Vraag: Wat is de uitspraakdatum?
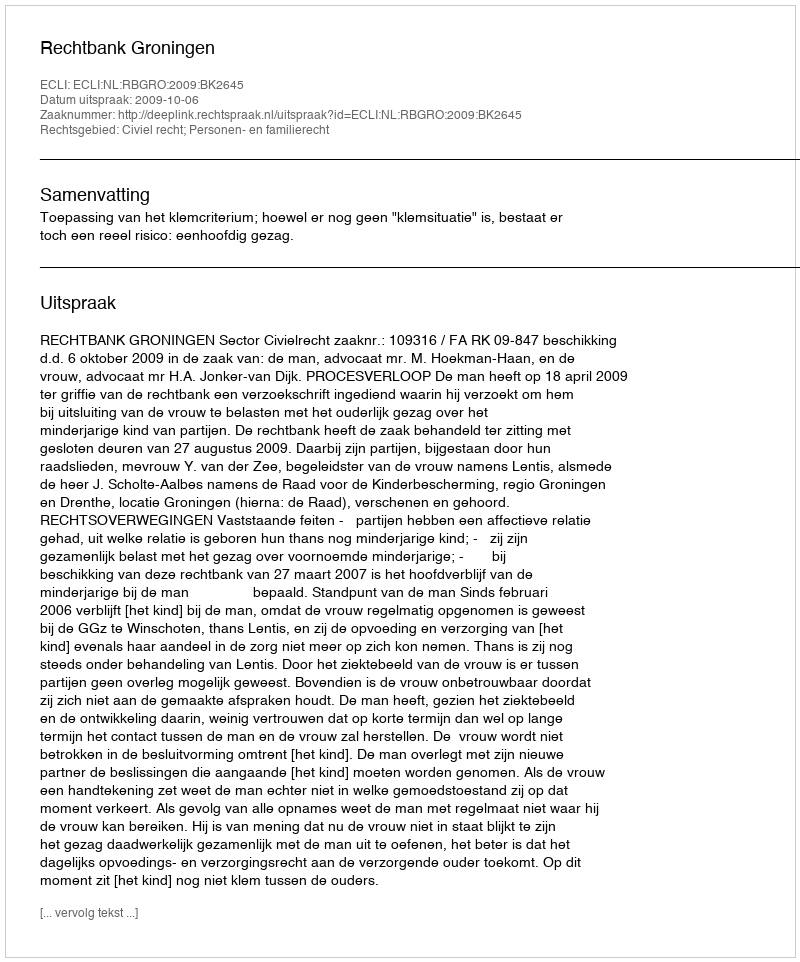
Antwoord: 2009-10-06